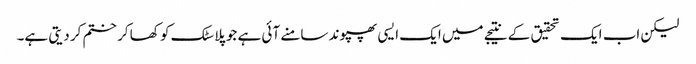
لیکن اب ایک تحقیق کے نتیجے میں ایک ایسی پھپوند سامنے آئی ہے جو پلاسٹک کو کھا کر ختم کر دیتی ہے۔